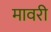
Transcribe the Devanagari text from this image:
मावरी